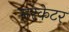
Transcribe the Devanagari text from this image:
मरकेटर